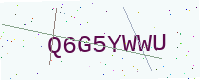
Text: Q6G5YWWU